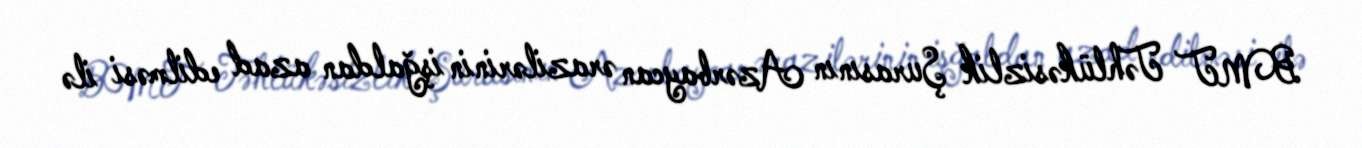
BMT Təhlükəsizlik Şurasının Azərbaycan ərazilərinin işğaldan azad edilməsi ilə